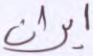
ايران